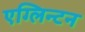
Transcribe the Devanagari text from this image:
एग्लिन्टन